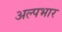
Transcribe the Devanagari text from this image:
अल्पभार